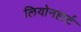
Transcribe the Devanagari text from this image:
लियोनहार्ट